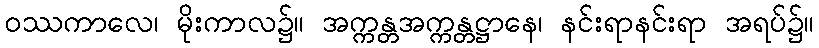
ဝဿကာလေ၊ မိုးကာလ၌။ အက္ကန္တအက္ကန္တဋ္ဌာနေ၊ နင်းရာနင်းရာ အရပ်၌။